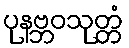
ပုနဗ္ဘဝသုတ္တံ